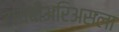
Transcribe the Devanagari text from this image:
टायबीअरिअसला